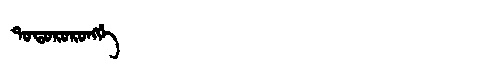
Manchu: ᡨᠣᡨᠣᡵᠣᡵᠣᠩᡤᡝ
Romanization: TOTORORONGGE